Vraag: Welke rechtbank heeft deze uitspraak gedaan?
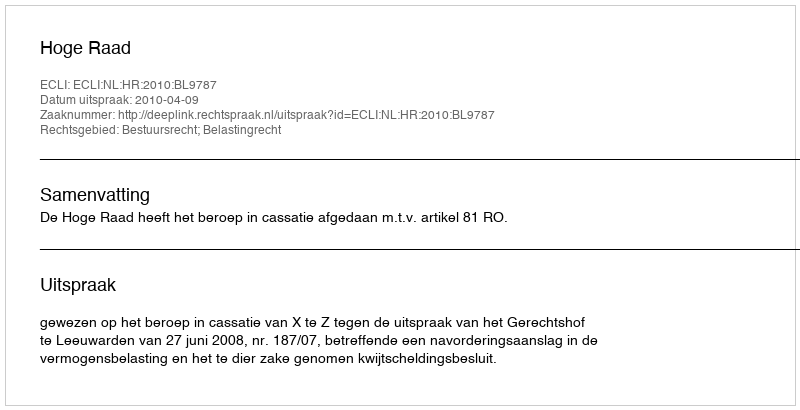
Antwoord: Hoge Raad